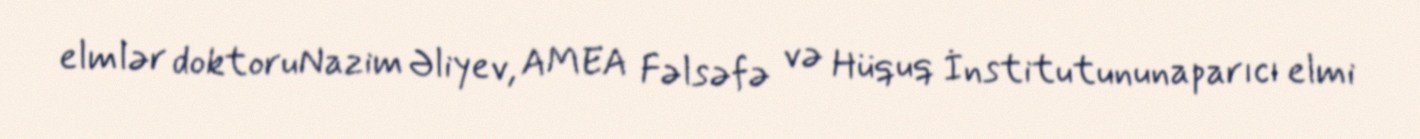
elmlər doktoruNazim Əliyev, AMEA Fəlsəfə və Hüquq İnstitutununaparıcı elmi